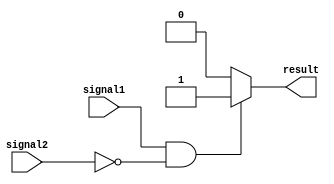
module continuous_assign_statement(
    input wire signal1,
    input wire signal2,
    output reg result
);

always @* begin
    if (signal1 == 1'b1 && signal2 == 1'b0) begin
        result = 1'b1;
    end else begin
        result = 1'b0;
    end
end

endmodule